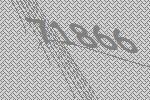
71866